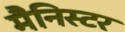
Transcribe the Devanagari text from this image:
मैनिस्टर